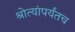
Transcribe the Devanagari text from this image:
श्रोत्यांपर्यंतच